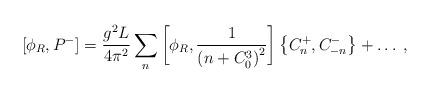
LaTeX: \begin{align*}[\phi_R,P^-] = {g^2L\over 4\pi^2}\sum_n \left[\phi_R,{1\over\left(n+C_0^3\right)^2}\right] \left\{C^+_n,C^-_{-n}\right\}+\dots\; ,\end{align*}